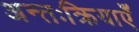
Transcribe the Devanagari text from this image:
अन्तःक्रियाएँ